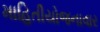
માહિતીયોજનાવાર